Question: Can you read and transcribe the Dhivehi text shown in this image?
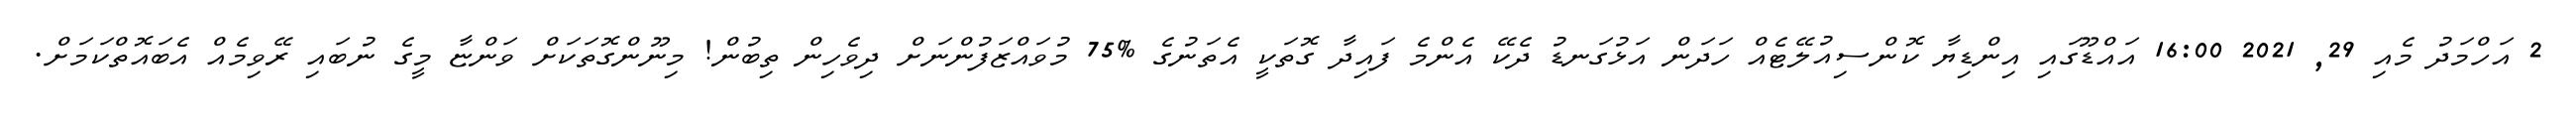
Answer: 2 އަހްމަދު މެއި 29, 2021 16:00 އައްޑޫގައި އިންޑިޔާ ކޮންސިއުލޭޓެއް ހަދަން އަޅުގަނޑު ދެކޭ އެންމެ ފައިދާ ގޮތަކީ އެތަނުގެ %75 މުވައްޒަފުންނަށް ދިވެހިން ތިބުން! މިނޫންގޮތަކަށް ވަންޏާ މީގެ ނުބައި ރޭވިމެއް އެބައޮތްކަމަށް.